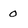
Character: 0